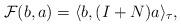
LaTeX: \begin{gather*}{\mathcal F}(b,a)=\langle b, (I+N)a\rangle_\tau,\end{gather*}